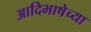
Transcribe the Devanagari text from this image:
आदिभाषेच्या